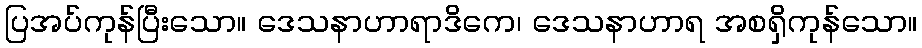
ပြအပ်ကုန်ပြီးသော။ ဒေသနာဟာရာဒိကေ၊ ဒေသနာဟာရ အစရှိကုန်သော။